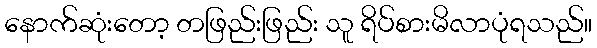
နောက်ဆုံးတော့ တဖြည်းဖြည်း သူ ရိပ်စားမိလာပုံရသည်။